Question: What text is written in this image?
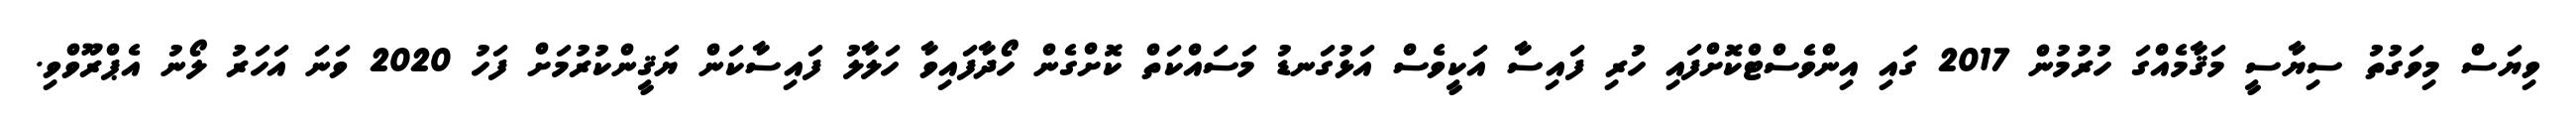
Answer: ވިޔަސް މިވަގުތު ސިޔާސީ މަޤާމެއްގަ ހުރުމުން 2017 ގައި އިންވެސްޓްކޮށްފައި ހުރި ފައިސާ އަކީވެސް އަޅުގަނޑު މަސައްކަތް ކޮށްގެން ހޯދާފައިވާ ހަލާލު ފައިސާކަން ޔަޤީންކުރުމަށް ފަހު 2020 ވަނަ އަހަރު ލޯނު އެޕްރޫވްވި.